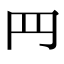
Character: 䍏